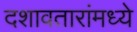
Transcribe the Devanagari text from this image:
दशावतारांमध्ये